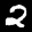
Label: 2